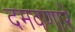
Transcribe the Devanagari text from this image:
दमवणारे